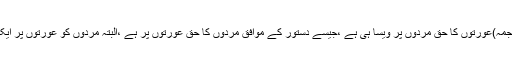
ارشادِ ربانی ہے: (ترجمہ)عورتوں کا حق مَردوں پر ویسا ہی ہے ،جیسے دستور کے موافق مَردوں کا حق عورتوں پر ہے ،البتہ مَردوں کو عورتوں پر ایک درجے فضیلت ہے۔